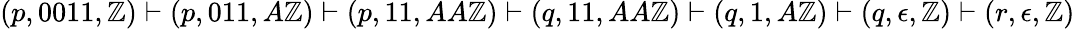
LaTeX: (p,0011,\mathbb{Z})\vdash(p,011,A\mathbb{Z})\vdash(p,11,AA\mathbb{Z})\vdash(q,11,AA\mathbb{Z})\vdash(q,1,A\mathbb{Z})\vdash(q,\epsilon,\mathbb{Z})\vdash(r,\epsilon,\mathbb{Z})